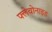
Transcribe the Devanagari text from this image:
फ्लेवोनाइड